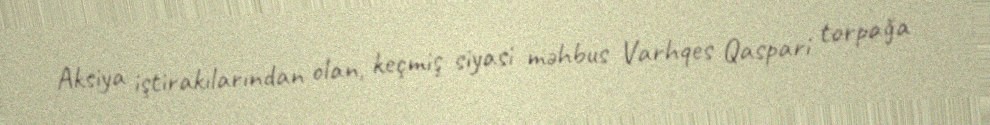
Aksiya iştirakılarından olan, keçmiş siyasi məhbus Varhqes Qaspari torpağa